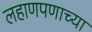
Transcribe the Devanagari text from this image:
लहाणपणाच्या